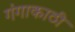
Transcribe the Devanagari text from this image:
गंगाकाठी